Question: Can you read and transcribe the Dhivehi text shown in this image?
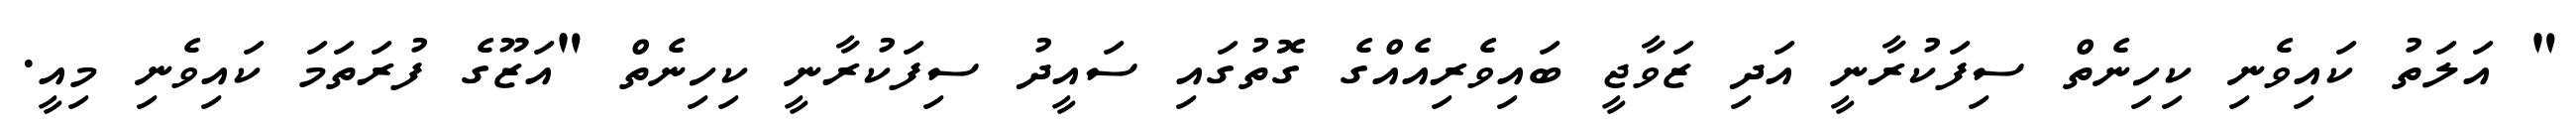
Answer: " އަލަތު ކައިވެނި ކިހިނެތް ސިފަކުރާނީ އަދި ޒަވާޖީ ބައިވެރިއެއްގެ ގޮތުގައި ސައީދު ސިފަކުރާނީ ކިހިނެތް "އަޒޫގެ ފުރަތަމަ ކައިވެނި މިއީ.